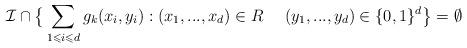
LaTeX: \begin{align*}\mathcal{I} \cap \big \{ \sum_{1 \leqslant i \leqslant d} g_k(x_i,y_i) : (x_1,...,x_d) \in R \ \ \ \ (y_1,...,y_d) \in \{0,1\}^d \big \} = \emptyset\end{align*}